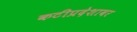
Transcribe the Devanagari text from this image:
कटीप्रदेशावर